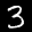
Label: 3